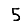
Digit: 5